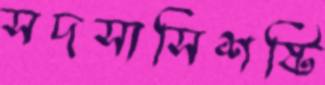
সদস্যসিশষ্টি